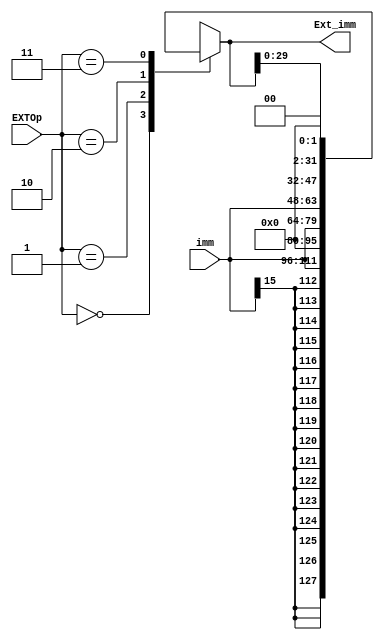
`timescale 1ns / 1ps
//////////////////////////////////////////////////////////////////////////////////
module ext(
    input [15:0] imm,
    input [1:0] EXTOp,
    output reg [31:0] Ext_imm
    );
	 
	 always @(*)
	 begin
	    case(EXTOp)
		    2'b00://
			    Ext_imm<={{16{imm[15]}},imm};
			 2'b01://0
			    Ext_imm<={16'b0000000000000000,imm};
			 2'b10://0
			    Ext_imm<={imm,16'b0000000000000000};
			 2'b11:
			    begin
				    Ext_imm<={{16{imm[15]}},imm};
					 Ext_imm<=Ext_imm<<2; 
				 end
		 endcase
	 end
	
endmodule